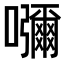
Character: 𡄣